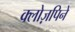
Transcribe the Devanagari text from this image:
क्लोज़पिने